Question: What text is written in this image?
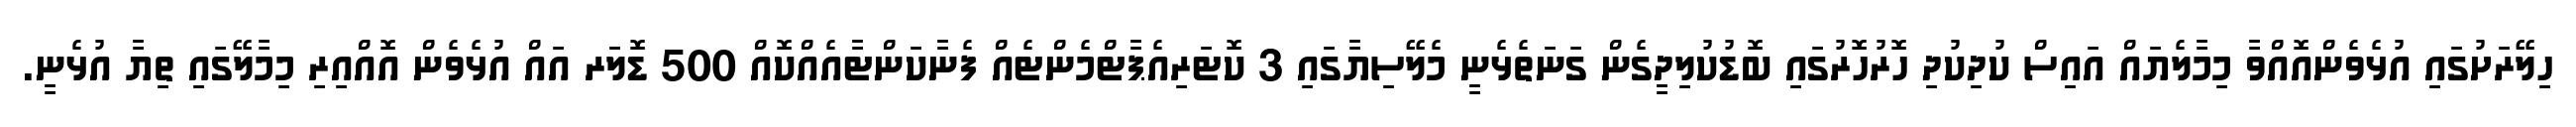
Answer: ހިލޭރަށުގައި އުޅެވެންއޮއްވާ މިމާލެޔައް އައިސް ކުދިކުދި ހޮރުހޮރުގައި ބޮޑުކުލިދީގެން ގަނަތެޅެނީ މެލޭސިޔާގައި 3 ކޮޓަރިއެޕާޓްމެންޓެއް ފެނާކަންޓާއެއްކޮއް 500 ޑޮލަރ އައް އުޅެވެން އޮއްއިރި މިމާލޭގައި ތިޔާ އުޅެނީ.